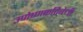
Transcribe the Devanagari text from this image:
उपोष्णकटिबंधी